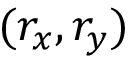
( r _ { x } , r _ { y } )